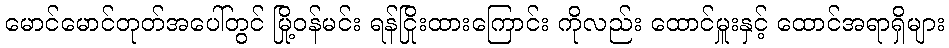
မောင်မောင်တုတ်အပေါ်တွင် မြို့ဝန်မင်း ရန်ငြိုးထားကြောင်း ကိုလည်း ထောင်မှူးနှင့် ထောင်အရာရှိများ